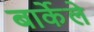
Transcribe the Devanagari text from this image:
बार्केले